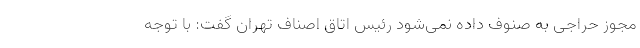
مجوز حراجی به صنوف داده نمی‌شود رئیس اتاق اصناف تهران گفت: با توجه